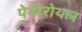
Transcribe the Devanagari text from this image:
पेनीरोयल